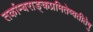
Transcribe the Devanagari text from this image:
तर्काम्बराङ्कप्रमितेष्वतीतेषु